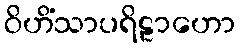
ဝိဟိံသာပရိဠာဟော